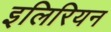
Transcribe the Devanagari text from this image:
इलिरियन